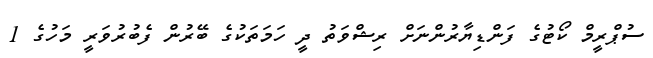
ސުޕްރީމް ކޯޓުގެ ފަންޑިޔާރުންނަށް ރިޝްވަތު ދީ ހަމަތަކުގެ ބޭރުން ފެބުރުވަރީ މަހުގެ 1